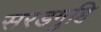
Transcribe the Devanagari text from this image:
सरडगुहि